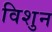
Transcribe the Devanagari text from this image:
विशुन